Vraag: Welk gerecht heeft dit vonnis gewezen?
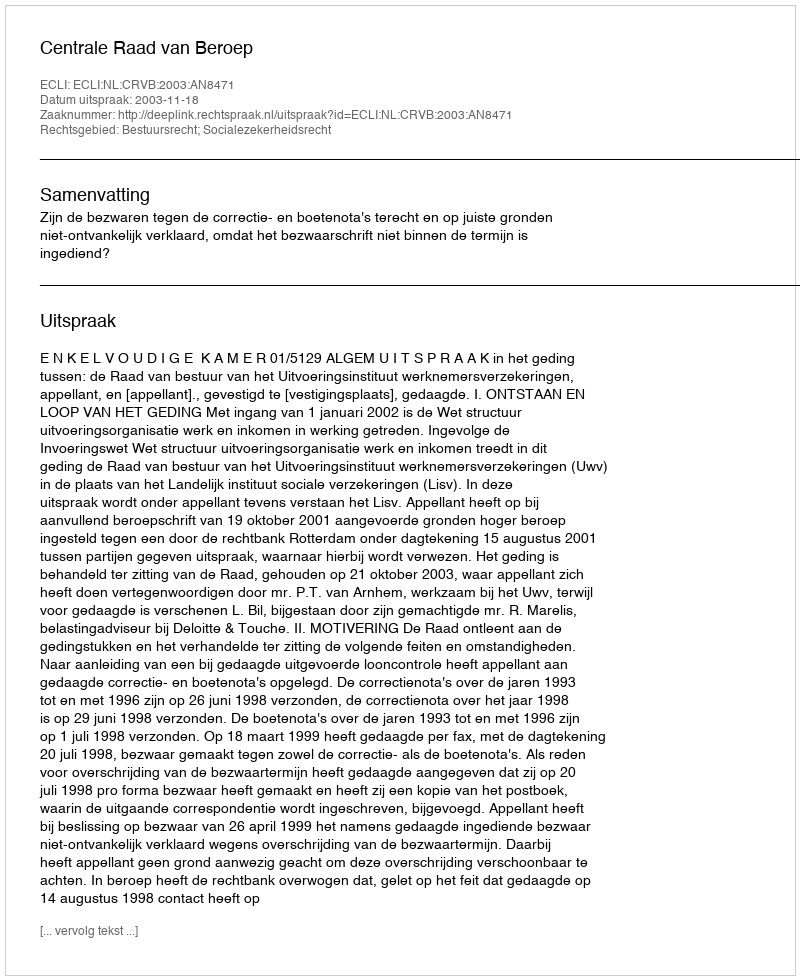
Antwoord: Centrale Raad van Beroep